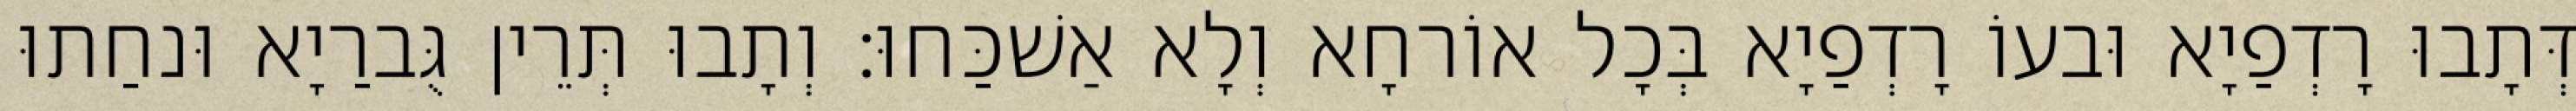
דְּתָבוּ רָדְפַיָא וּבעוֹ רָדְפַיָא בְּכָל אוֹרחָא וְלָא אַשׁכַּחוּ׃ וְתָבוּ תְּרֵין גֻּברַיָא וּנחַתוּ